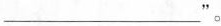
___”。